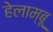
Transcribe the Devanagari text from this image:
हेलाम्बू